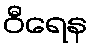
ဝီရေန